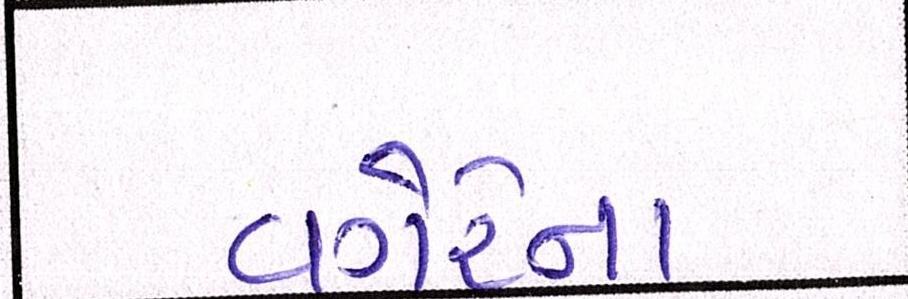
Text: વગેરેના